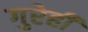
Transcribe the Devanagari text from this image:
गुरेही